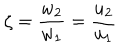
\zeta = \frac { w _ { 2 } } { w _ { 1 } } = \frac { u _ { 2 } } { u _ { 1 } }